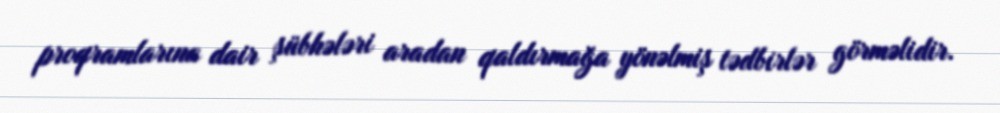
proqramlarına dair şübhələri aradan qaldırmağa yönəlmiş tədbirlər görməlidir.